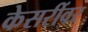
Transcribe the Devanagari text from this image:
केसरींवर